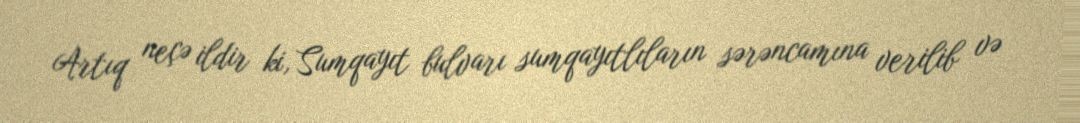
Artıq neçə ildir ki, Sumqayıt bulvarı sumqayıtlıların sərəncamına verilib və